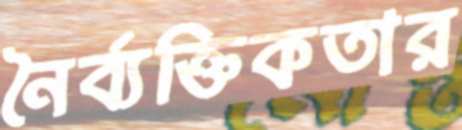
নৈর্ব্যক্তিকতার